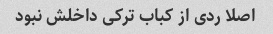
اصلا ردی از کباب ترکی داخلش نبود